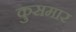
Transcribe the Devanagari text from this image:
कुसमार